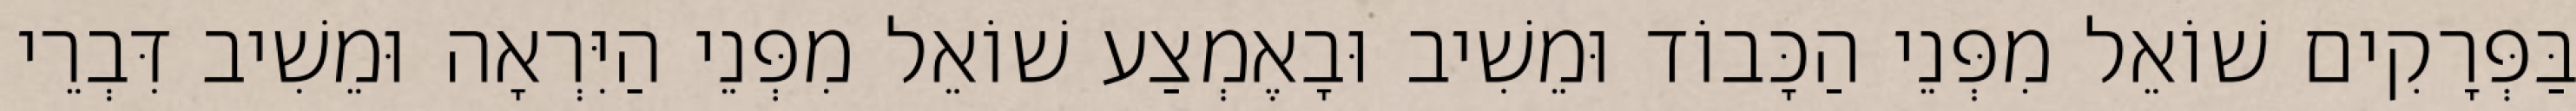
בַּפְּרָקִים שׁוֹאֵל מִפְּנֵי הַכָּבוֹד וּמֵשִׁיב וּבָאֶמְצַע שׁוֹאֵל מִפְּנֵי הַיִּרְאָה וּמֵשִׁיב דִּבְרֵי